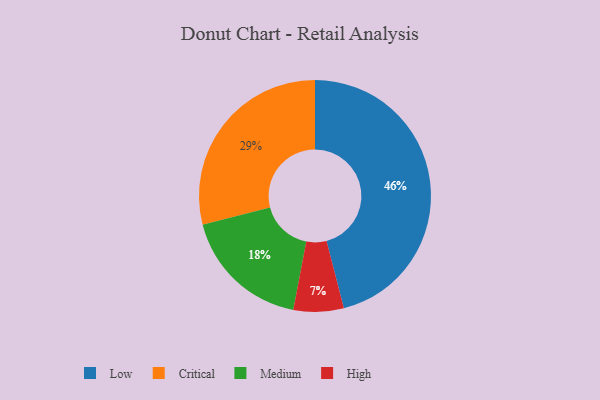
{"axis": {"x": "Category", "y": "Percentage"}, "legend": ["Critical", "High", "Low", "Medium"], "data": [{"x": "High", "y": 7, "type": "High"}, {"x": "Low", "y": 46, "type": "Low"}, {"x": "Critical", "y": 29, "type": "Critical"}, {"x": "Medium", "y": 18, "type": "Medium"}]}